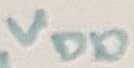
Text: VDD